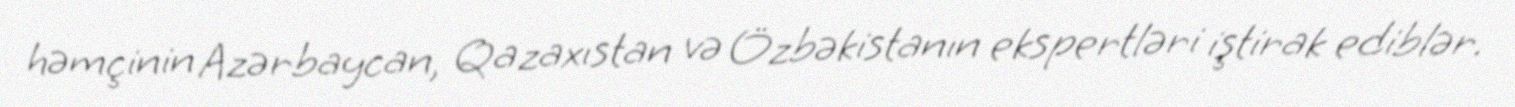
həmçinin Azərbaycan, Qazaxıstan və Özbəkistanın ekspertləri iştirak ediblər.